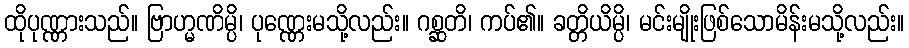
ထိုပုဏ္ဏားသည်။ ဗြာဟ္မဏိမ္ပိ၊ ပုဏ္ဏေးမသို့လည်း။ ဂစ္ဆတိ၊ ကပ်၏။ ခတ္တိယိမ္ပိ၊ မင်းမျိုးဖြစ်သောမိန်းမသို့လည်း။